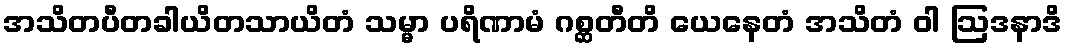
အသိတပီတခါယိတသာယိတံ သမ္မာ ပရိဏာမံ ဂစ္ဆတီတိ ယေနေတံ အသိတံ ဝါ ဩဒနာဒိ